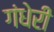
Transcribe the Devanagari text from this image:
गंधेरी